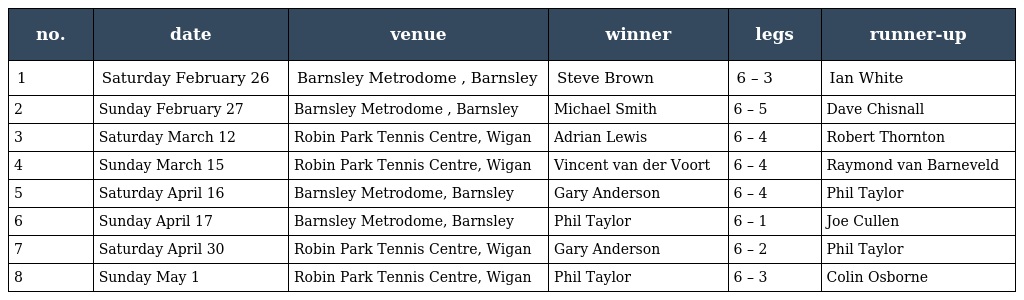
| no. | date | venue | winner | legs | runner-up |
 | --- | --- | --- | --- | --- | --- |
 | 1 | Saturday February 26 | Barnsley Metrodome , Barnsley | Steve Brown | 6 – 3 | Ian White |
 | 2 | Sunday February 27 | Barnsley Metrodome , Barnsley | Michael Smith | 6 – 5 | Dave Chisnall |
 | 3 | Saturday March 12 | Robin Park Tennis Centre, Wigan | Adrian Lewis | 6 – 4 | Robert Thornton |
 | 4 | Sunday March 15 | Robin Park Tennis Centre, Wigan | Vincent van der Voort | 6 – 4 | Raymond van Barneveld |
 | 5 | Saturday April 16 | Barnsley Metrodome, Barnsley | Gary Anderson | 6 – 4 | Phil Taylor |
 | 6 | Sunday April 17 | Barnsley Metrodome, Barnsley | Phil Taylor | 6 – 1 | Joe Cullen |
 | 7 | Saturday April 30 | Robin Park Tennis Centre, Wigan | Gary Anderson | 6 – 2 | Phil Taylor |
 | 8 | Sunday May 1 | Robin Park Tennis Centre, Wigan | Phil Taylor | 6 – 3 | Colin Osborne |